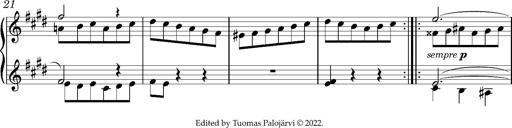
Title: Valses oubliÃ©es
Composer: Franz Liszt